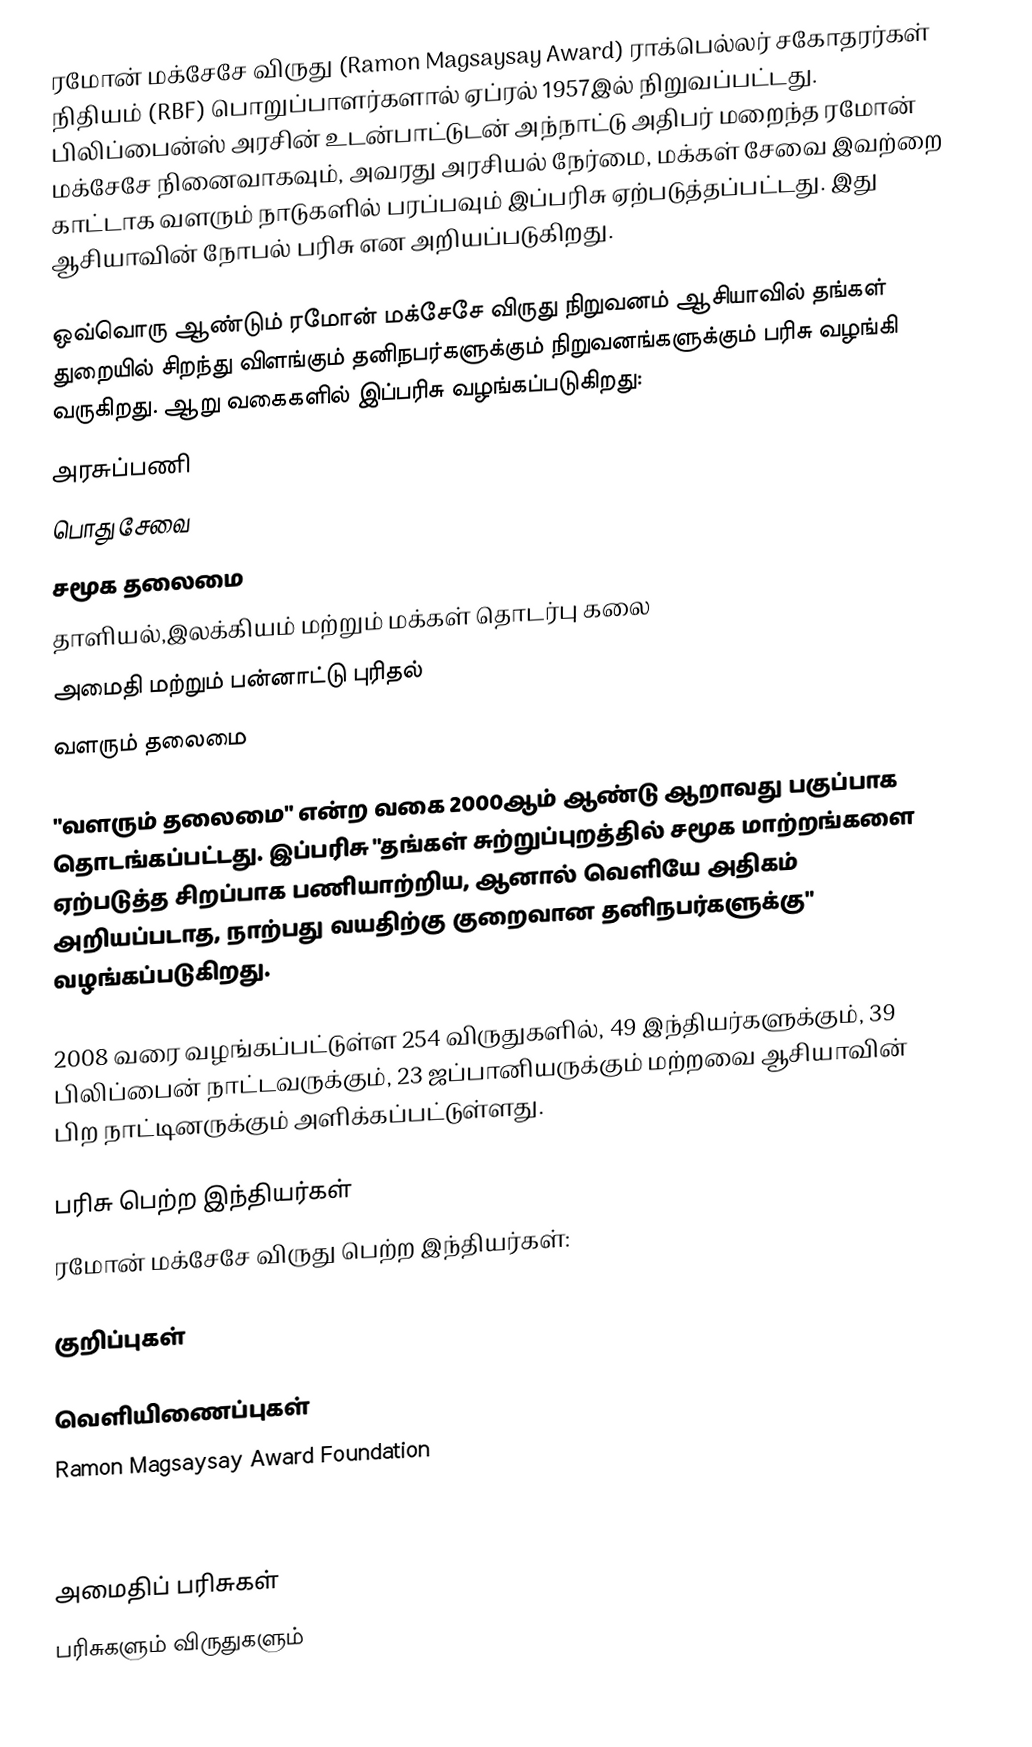
ரமோன் மக்சேசே விருது (Ramon Magsaysay Award) ராக்பெல்லர் சகோதரர்கள் நிதியம் (RBF) பொறுப்பாளர்களால் ஏப்ரல் 1957இல் நிறுவப்பட்டது. பிலிப்பைன்ஸ் அரசின் உடன்பாட்டுடன் அந்நாட்டு அதிபர் மறைந்த ரமோன் மக்சேசே நினைவாகவும், அவரது அரசியல் நேர்மை, மக்கள் சேவை இவற்றை காட்டாக வளரும் நாடுகளில் பரப்பவும் இப்பரிசு ஏற்படுத்தப்பட்டது. இது ஆசியாவின் நோபல் பரிசு என அறியப்படுகிறது.

ஒவ்வொரு ஆண்டும் ரமோன் மக்சேசே விருது நிறுவனம் ஆசியாவில் தங்கள் துறையில் சிறந்து விளங்கும் தனிநபர்களுக்கும் நிறுவனங்களுக்கும் பரிசு வழங்கி வருகிறது. ஆறு வகைகளில் இப்பரிசு வழங்கப்படுகிறது:
 அரசுப்பணி
 பொது சேவை
 சமூக தலைமை
 தாளியல்,இலக்கியம் மற்றும் மக்கள் தொடர்பு கலை
 அமைதி மற்றும் பன்னாட்டு புரிதல்
 வளரும் தலைமை

"வளரும் தலைமை" என்ற வகை 2000ஆம் ஆண்டு ஆறாவது பகுப்பாக தொடங்கப்பட்டது. இப்பரிசு "தங்கள் சுற்றுப்புறத்தில் சமூக மாற்றங்களை ஏற்படுத்த சிறப்பாக பணியாற்றிய, ஆனால் வெளியே அதிகம் அறியப்படாத, நாற்பது வயதிற்கு குறைவான தனிநபர்களுக்கு" வழங்கப்படுகிறது.

2008 வரை வழங்கப்பட்டுள்ள 254 விருதுகளில், 49 இந்தியர்களுக்கும், 39 பிலிப்பைன் நாட்டவருக்கும், 23 ஜப்பானியருக்கும் மற்றவை ஆசியாவின் பிற நாட்டினருக்கும் அளிக்கப்பட்டுள்ளது.

பரிசு பெற்ற இந்தியர்கள்
ரமோன் மக்சேசே விருது பெற்ற இந்தியர்கள்:

குறிப்புகள்

வெளியிணைப்புகள்
 Ramon Magsaysay Award Foundation
About The Ramon Magsaysay Award Foundation

அமைதிப் பரிசுகள்
பரிசுகளும் விருதுகளும்